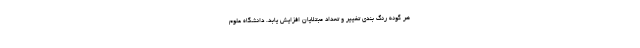
هر گونه رنگ بندی تغییر و تعداد مبتلایان افزایش یابد. دانشگاه علوم